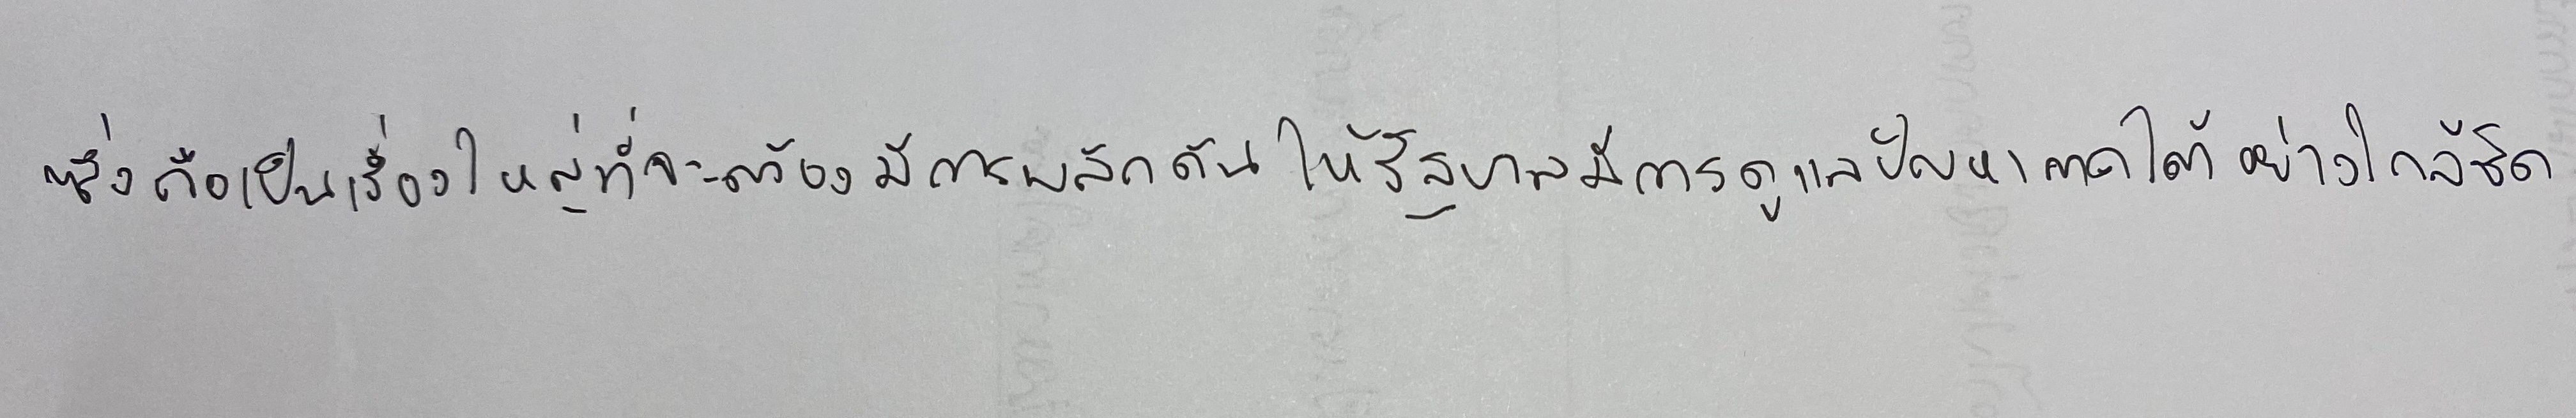
ซึ่งถือเป็นเรื่องใหญ่ที่จะต้องมีการผลักดันให้รัฐบาลมีการดูแลปัญหาภาคใต้อย่างใกล้ชิด